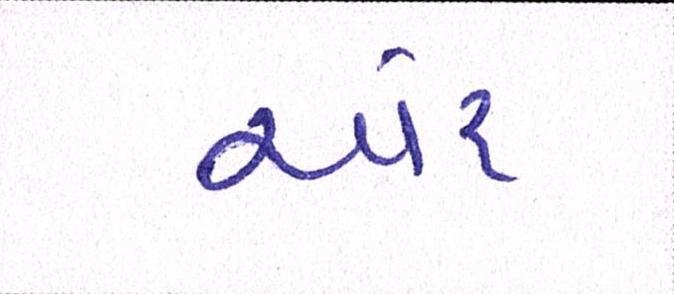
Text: ઍર